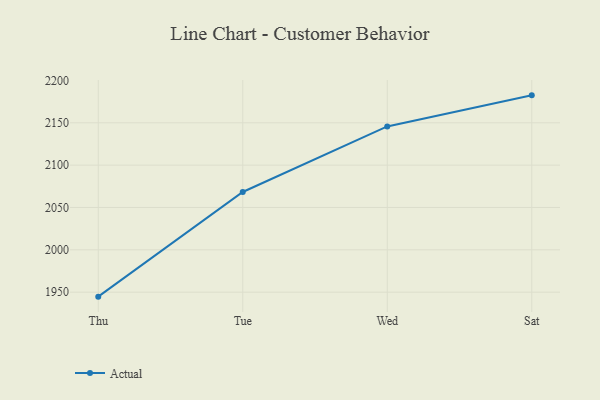
{"axis": {"x": "Day", "y": "Website Visitors"}, "legend": ["Actual"], "data": [{"x": "Thu", "y": 1944.7, "type": "Actual"}, {"x": "Tue", "y": 2068.3, "type": "Actual"}, {"x": "Wed", "y": 2145.7, "type": "Actual"}, {"x": "Sat", "y": 2182.4, "type": "Actual"}]}